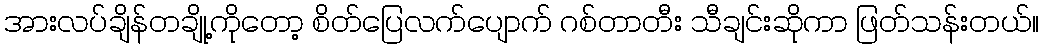
အားလပ်ချိန်တချို့ကိုတော့ စိတ်ပြေလက်ပျောက် ဂစ်တာတီး သီချင်းဆိုကာ ဖြတ်သန်းတယ်။